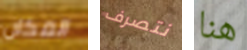
المكان نتصرف هنا